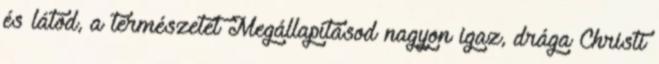
és látod, a természetet Megállapításod nagyon igaz, drága Christi